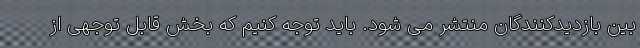
بین بازدیدکنندگان منتشر می شود. باید توجه کنیم که بخش قابل توجهی از